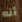
أنه